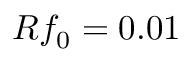
R f _ { 0 } = 0 . 0 1